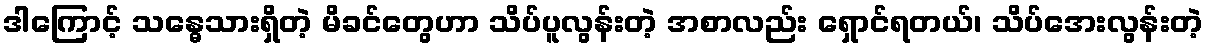
ဒါကြောင့် သန္ဓေသားရှိတဲ့ မိခင်တွေဟာ သိပ်ပူလွန်းတဲ့ အစာလည်း ရှောင်ရတယ်၊ သိပ်အေးလွန်းတဲ့